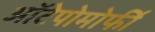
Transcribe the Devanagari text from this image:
ऑटेपोमोर्फी